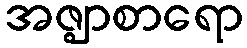
အဇ္ဈာစာရော